Vaccination in Bombay 1902-1912 - 1902-1912
Year: 1902
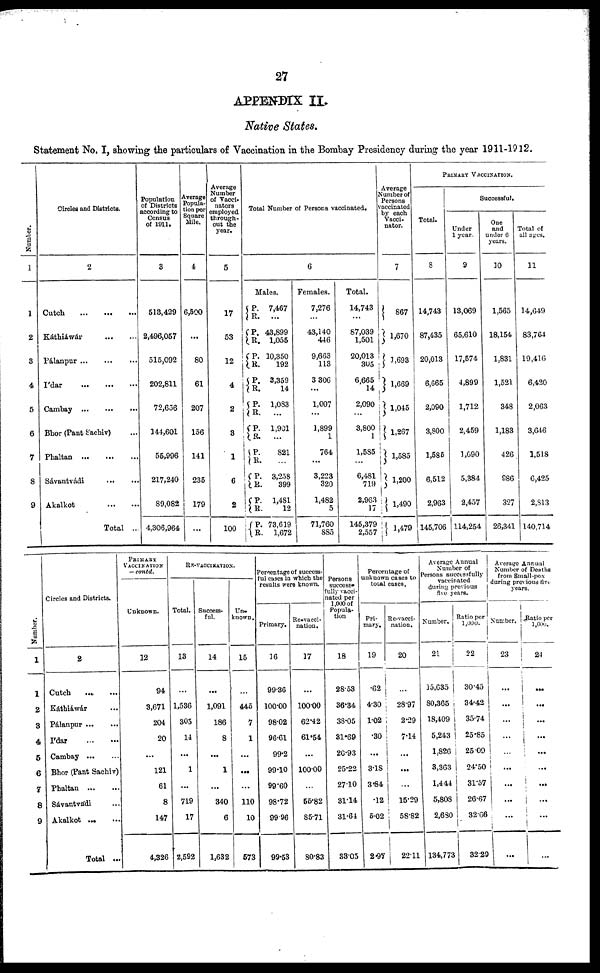
27
APPENDIX II.
Native States.
Statement No. I, showing the particulars of Vaccination in the Bombay Presidency during the year 1911-1912.
Number.
1
1
2
3
4
5
6
7
8
9
Circles and Districts.
2
Cutch
...
...
...
Káthiáwár ... ... ...
Pálanpur
...
...
...
Ídar
...
...
...
Cambay
...
...
...
Bhor (Pant Sachiv) ...
Phaltan
...
...
...
Sávantvádi
...
...
Akalkot
...
...
Total ...
Population
of Districts
according to
Census
of 1911.
3
513,429
2,496,057
515,092
202,811
72,656
144,601
55,996
217,240
89,082
4,306,964
Average
Popula-
tion per
Square
Mile.
4
6,500
...
80
61
207
156
141
235
179
...
Average
Number
of Vacci-
nators
employed
through-
out the
year.
5
17
53
12
4
2
3
1
6
2
100
Total Number of Persons vaccinated.
6
Males.
P.
R.
P.
R.
P.
R. P.
R.
P.
R.
P.
R.
P.
R.
P.
R.
P.
R.
P.
R.
7,467
...
43,899
1,055
10,350
192
3,359
14
1,083
...
1,901
...
821
...
3,258
399
1,481
12
73,619
1,672
Females.
7,276
...
43,140
446
9,663
113
3,306
...
1,007
...
1,899
1
764
...
3,223
320
1,482
5
71,760
885
Total.
14,743
...
87,039
1,501
20,013
305
6,665
14
2,090
...
3,800
1
1,585
...
6,481
719
2,963
17
145,379
2,557
Average
Number of
Persons
vaccinated
by each
Vacci-
nator.
7
867
1,670
1,693
1,669
1,045
1,267
1,585
1,200
1,490
1,479
PRIMARY VACCINATION.
Total.
8
14,743
87,435
20,013
6,665
2,090
3,800
1,585
6,512
2,963
145,706
Successful.
Under
1 year.
9
13,069
65,610
17,574
4,899
1,712
2,459
1,090
5,384
2,457
114,254
One
and
under 6
years.
10
1,565
18,154
1,831
1,521
348
1,183
426
986
327
26,341
Total of
all ages.
11
14,649
83,764
19,416
6,420
2,063
3,646
1,518
6,425
2,813
140,714
Number.
1
1
2
3
4
5
6
7
8
9
Circles and Districts.
2
Catch
...
...
Káthiáwár ...
Pálanpur ... ...
Ídar
...
...
Cambay
...
...
Bhor (Pant Sachiv)
Phaltan
...
...
Sávantvádi ...
Akalkot
...
...
Total ...
PRIMARY
VACCINATION
— contd.
Unknown.
12
94
3,671
204
20
...
121
61
8
147
4,326
RE-VACCINATION.
Total.
13
...
1,536
305
14
...
1
...
719
17
2,592
Success-
ful.
14
...
1,091
186
8
...
1
...
340
6
1,632
Un-
known .
15
...
445
7
1
...
...
...
110
10
573
Percentage of success-
ful cases in which the
results were known.
Primary.
16
99.36
100.00
98.02
96.61
99.2
99.10
99.60
98.72
99.96
99.53
Re-vacci-
nation.
17
...
100.00
62.42
61.54
...
100.00
...
55.82
85.71
80.83
Persons
success-
fully vacci-
nated per
1,000 of
Popula-
tion
18
28.53
36.34
38.05
81.69
20.93
25.22
27.10
31.14
31.64
33.05
Percentage of
unknown cases to
total cases.
Pri-
mary.
19
.62
4.30
1.02
.30
...
3.18
3.84
.12
5.02
2.97
Re-vacci-
nation.
20
...
28.97
2.29
7.14
...
...
...
15.29
58.82
22.11
Average Annual
Number of
Persons successfully
vaccinated
during previous
five years.
Number.
21
15,635
80,365
18,409
5,243
1,826
3,363
1,444
5,808
2,680
134,773
Ratio per
1,000.
22
30.45
34.42
35.74
25.85
25.09
24.50
31.57
26.67
32.66
32.29
Average Annual
Number of Deaths
from Small-pox
during previous five
years.
Number.
23
...
...
...
...
...
...
...
...
...
...
Ratio per
1,000.
24
...
...
...
...
...
...
...
...
...
....